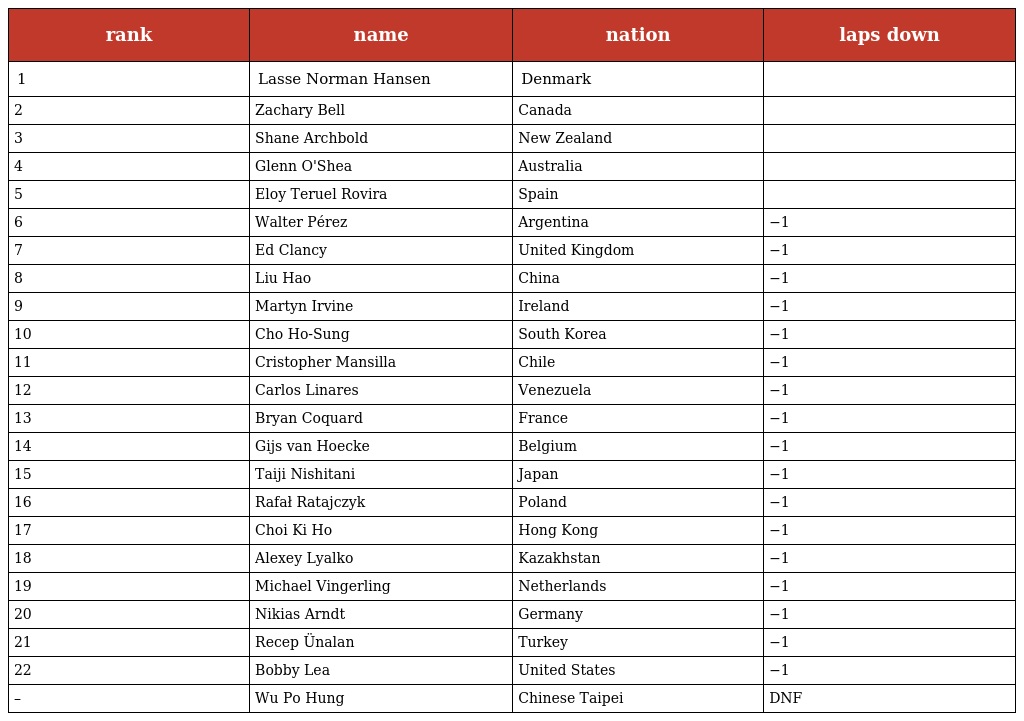
| rank | name | nation | laps down |
 | --- | --- | --- | --- |
 | 1 | Lasse Norman Hansen | Denmark |  |
 | 2 | Zachary Bell | Canada |  |
 | 3 | Shane Archbold | New Zealand |  |
 | 4 | Glenn O'Shea | Australia |  |
 | 5 | Eloy Teruel Rovira | Spain |  |
 | 6 | Walter Pérez | Argentina | −1 |
 | 7 | Ed Clancy | United Kingdom | −1 |
 | 8 | Liu Hao | China | −1 |
 | 9 | Martyn Irvine | Ireland | −1 |
 | 10 | Cho Ho-Sung | South Korea | −1 |
 | 11 | Cristopher Mansilla | Chile | −1 |
 | 12 | Carlos Linares | Venezuela | −1 |
 | 13 | Bryan Coquard | France | −1 |
 | 14 | Gijs van Hoecke | Belgium | −1 |
 | 15 | Taiji Nishitani | Japan | −1 |
 | 16 | Rafał Ratajczyk | Poland | −1 |
 | 17 | Choi Ki Ho | Hong Kong | −1 |
 | 18 | Alexey Lyalko | Kazakhstan | −1 |
 | 19 | Michael Vingerling | Netherlands | −1 |
 | 20 | Nikias Arndt | Germany | −1 |
 | 21 | Recep Ünalan | Turkey | −1 |
 | 22 | Bobby Lea | United States | −1 |
 | – | Wu Po Hung | Chinese Taipei | DNF |